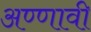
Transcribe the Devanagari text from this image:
अण्णावी